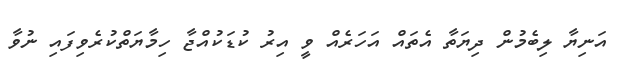
އަނިޔާ ލިބެމުން ދިޔަތާ އެތައް އަހަރެއް ވީ އިރު ކުޑަކުއްޖާ ހިމާޔަތްކުރެވިފައި ނުވާ